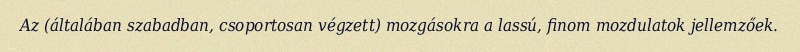
Az (általában szabadban, csoportosan végzett) mozgásokra a lassú, finom mozdulatok jellemzőek.